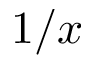
1 / x